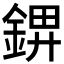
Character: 𰼺